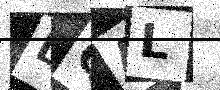
Text: LQAL